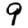
Digit: 9